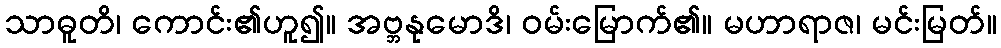
သာဓူတိ၊ ကောင်း၏ဟူ၍။ အဗ္ဘနုမောဒိ၊ ဝမ်းမြောက်၏။ မဟာရာဇ၊ မင်းမြတ်။